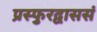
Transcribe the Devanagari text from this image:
प्रस्फुरद्वाससं